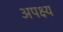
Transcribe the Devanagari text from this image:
अपक्ष्य